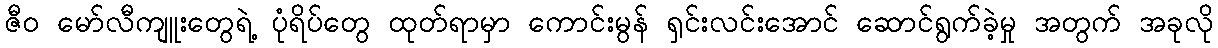
ဇီ၀ မော်လီကျူးတွေရဲ့ ပုံရိပ်တွေ ထုတ်ရာမှာ ကောင်းမွန် ရှင်းလင်းအောင် ဆောင်ရွက်ခဲ့မှု အတွက် အခုလို